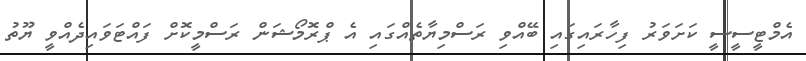
އެމްޓީސީސީ ކަށަވަރު ފިހާރައިގައި ބޭއްވި ރަސްމިޔާތެއްގައި އެ ޕްރޮމޯޝަން ރަސްމީކޮށް ފައްޓަވައިދެއްވީ ޔޫތު